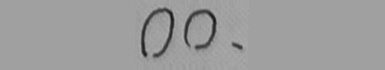
0 0 、